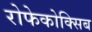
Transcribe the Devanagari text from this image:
रोफेकोक्सिब